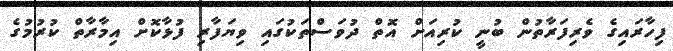
ފިހާރައިގެ ވެރިފަރާތުން ބުނީ ކުރިއަށް އޮތް ދުވަސްތަކުގައި ވިޔަފާރި ފުޅާކޮށް އިމާރާތް ކުރުމުގެ